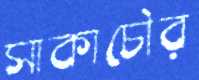
সাকাচৌর